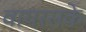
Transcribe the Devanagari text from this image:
वायरसके